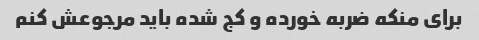
برای منکه ضربه خورده و کج شده باید مرجوعش کنم